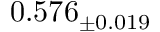
0 . 5 7 6 _ { \pm 0 . 0 1 9 }